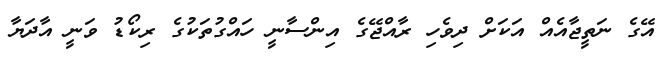
އޭގެ ނަތީޖާއެއް އަކަށް ދިވެހި ރާއްޖޭގެ އިންސާނީ ހައްގުތަކުގެ ރިކޯޑު ވަނީ އާދަޔާ